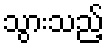
သွားသည့်